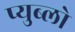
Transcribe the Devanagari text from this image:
प्युब्लो